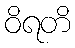
ဝိရတိ